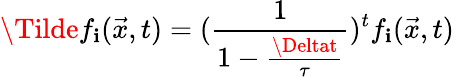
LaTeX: \Tilde{f}_{\mathbf{i}}(\vec{{x}},t)=(\frac{{1}}{{1-\frac{{\Deltat}}{{\tau}}}})^{t}f_{\mathbf{i}}(\vec{{x}},t)